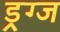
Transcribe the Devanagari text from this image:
ड्रग्ज